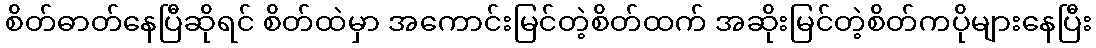
စိတ်ဓာတ်နေပြီဆိုရင် စိတ်ထဲမှာ အကောင်းမြင်တဲ့စိတ်ထက် အဆိုးမြင်တဲ့စိတ်ကပိုများနေပြီး